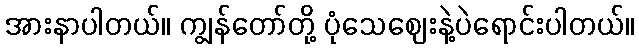
အားနာပါတယ်။ ကျွန်တော်တို့ ပုံသေဈေးနဲ့ပဲရောင်းပါတယ်။